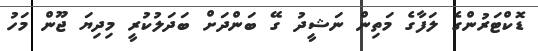
ޑޮކްޓަރުންގެ ލަފާގެ މަތިން ނަޝީދު ގޭ ބަންދަށް ބަދަލުކުރީ މިދިޔަ ޖޫން މަހު